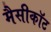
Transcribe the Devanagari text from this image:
मैसीकॉट